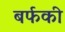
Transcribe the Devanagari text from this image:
बर्फकी